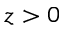
z > 0